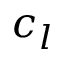
c _ { l }